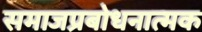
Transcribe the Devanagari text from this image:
समाजप्रबोधनात्मक